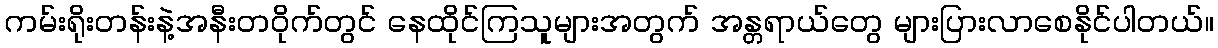
ကမ်းရိုးတန်းနဲ့အနီးတဝိုက်တွင် နေထိုင်ကြသူများအတွက် အန္တရာယ်တွေ များပြားလာစေနိုင်ပါတယ်။